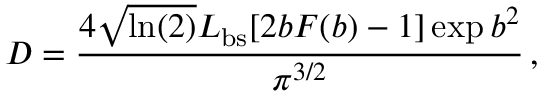
D = \frac { 4 \sqrt { \ln ( 2 ) } L _ { \mathrm { b s } } [ 2 b F ( b ) - 1 ] \exp { b ^ { 2 } } } { \pi ^ { 3 / 2 } } \, ,